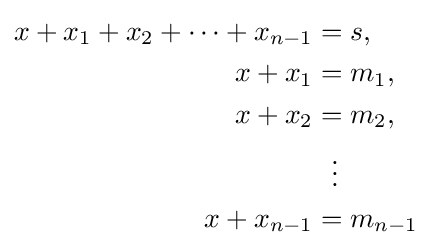
{\begin{aligned}x+x_{1}+x_{2}+\cdots +x_{n-1}&=s,\\x+x_{1}&=m_{1},\\x+x_{2}&=m_{2},\\&~~\vdots \\x+x_{n-1}&=m_{n-1}\end{aligned}}